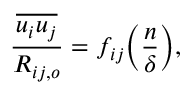
\frac { \overline { { u _ { i } u _ { j } } } } { R _ { i j , o } } = f _ { i j } \Big ( \frac { n } { \delta } \Big ) ,